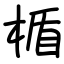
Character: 楯